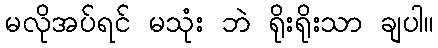
မလိုအပ်ရင် မသုံး ဘဲ ရိုးရိုးသာ ချပါ။